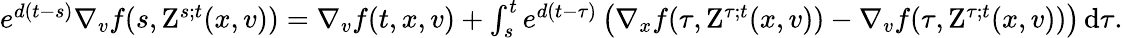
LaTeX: \begin{array}{r}{e^{d(t-s)}\nabla_{v}f(s,\mathrm{Z}^{s;t}(x,v))=\nabla_{v}f(t,x,v)+\int_{s}^{t}e^{d(t-\tau)}\left(\nabla_{x}f(\tau,\mathrm{Z}^{\tau;t}(x,v))-\nabla_{v}f(\tau,\mathrm{Z}^{\tau;t}(x,v))\right)\, \mathrm{d}\tau.}\end{array}